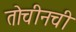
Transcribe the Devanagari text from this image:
तोचीनची